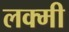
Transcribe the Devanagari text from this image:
लक्मी